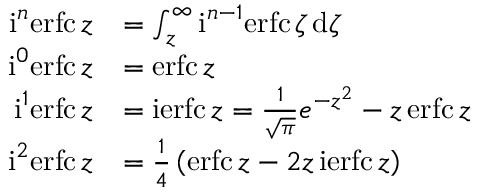
{ \begin{array} { r l } { \operatorname { i } ^ { n } \! \operatorname { e r f c } z } & { = \int _ { z } ^ { \infty } \operatorname { i } ^ { n - 1 } \! \operatorname { e r f c } \zeta \, \mathrm { d } \zeta } \\ { \operatorname { i } ^ { 0 } \! \operatorname { e r f c } z } & { = \operatorname { e r f c } z } \\ { \operatorname { i } ^ { 1 } \! \operatorname { e r f c } z } & { = \operatorname { i e r f c } z = { \frac { 1 } { \sqrt { \pi } } } e ^ { - z ^ { 2 } } - z \operatorname { e r f c } z } \\ { \operatorname { i } ^ { 2 } \! \operatorname { e r f c } z } & { = { \frac { 1 } { 4 } } \left( \operatorname { e r f c } z - 2 z \operatorname { i e r f c } z \right) } \end{array} }